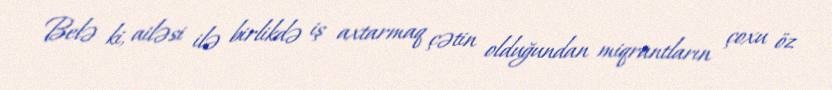
Belə ki, ailəsi ilə birlikdə iş axtarmaq çətin olduğundan miqrantların çoxu öz